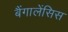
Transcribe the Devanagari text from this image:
बैंगालेंसिस